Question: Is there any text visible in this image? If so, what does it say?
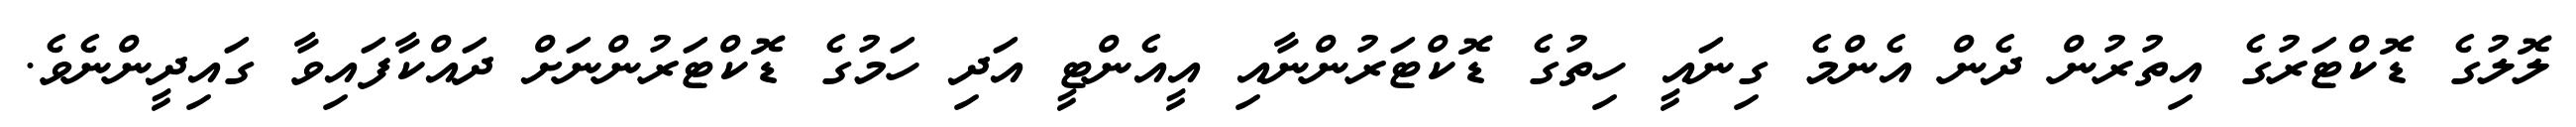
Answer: ލޮލުގެ ޑޮކްޓަރުގެ އިތުރުން ދެން އެންމެ ގިނައީ ހިތުގެ ޑޮކްޓަރުންނާއި އީއެންޓީ އަދި ހަމުގެ ޑޮކްޓަރުންނަށް ދައްކާފައިވާ ގައިދީންނެވެ.